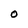
Character: O